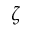
\zeta